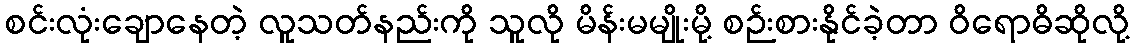
စင်းလုံးချောနေတဲ့ လူသတ်နည်းကို သူလို မိန်းမမျိုးမို့ စဉ်းစားနိုင်ခဲ့တာ ဝိရောဓိဆိုလို့